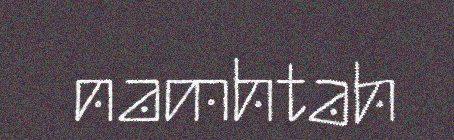
namhtah